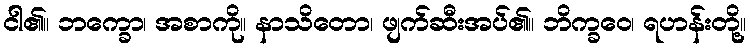
ငါ၏။ ဘက္ခော၊ အစာကို။ နာသိတော၊ ဖျက်ဆီးအပ်၏။ ဘိက္ခဝေ၊ ရဟန်းတို့။